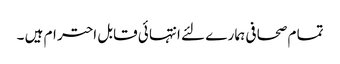
تما م صحا فی ہما ر ے لئے انتہا ئی قابل احتر ام ہیں ۔